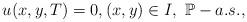
LaTeX: \begin{align*}u(x,y,T)=0, (x,y)\in I,\ \mathbb P-a.s.,\end{align*}